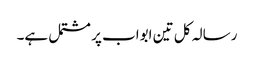
رسالہ کل تین ابواب پر مشتمل ہے۔